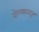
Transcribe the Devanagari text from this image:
वोल्क्सस्ट्रम